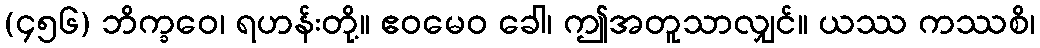
(၄၅၆) ဘိက္ခဝေ၊ ရဟန်းတို့။ ဧဝမေဝ ခေါ၊ ဤအတူသာလျှင်။ ယဿ ကဿစိ၊